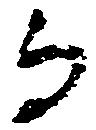
而